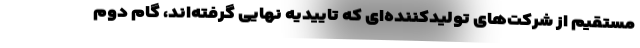
مستقیم از شرکت‌های تولیدکننده‌ای که تاییدیه نهایی گرفته‌اند، گام دوم